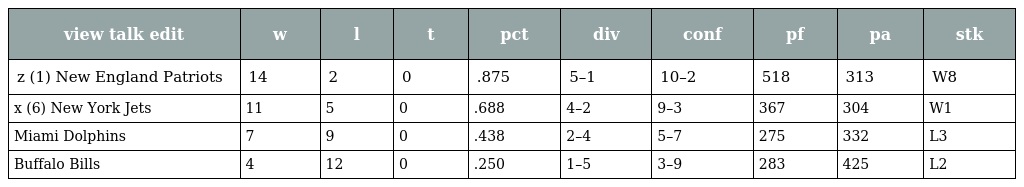
| view talk edit | w | l | t | pct | div | conf | pf | pa | stk |
 | --- | --- | --- | --- | --- | --- | --- | --- | --- | --- |
 | z (1) New England Patriots | 14 | 2 | 0 | .875 | 5–1 | 10–2 | 518 | 313 | W8 |
 | x (6) New York Jets | 11 | 5 | 0 | .688 | 4–2 | 9–3 | 367 | 304 | W1 |
 | Miami Dolphins | 7 | 9 | 0 | .438 | 2–4 | 5–7 | 275 | 332 | L3 |
 | Buffalo Bills | 4 | 12 | 0 | .250 | 1–5 | 3–9 | 283 | 425 | L2 |